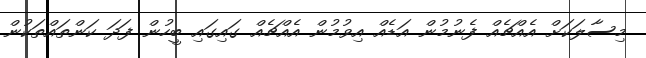
މިސާލަކަށް އެއްޗެއް ފެނުމުން އަޑެއް އިވުމުން އެއްޗެއް ގައިގައި ބީހުން ފަދަ ކަންތައްތަކުން